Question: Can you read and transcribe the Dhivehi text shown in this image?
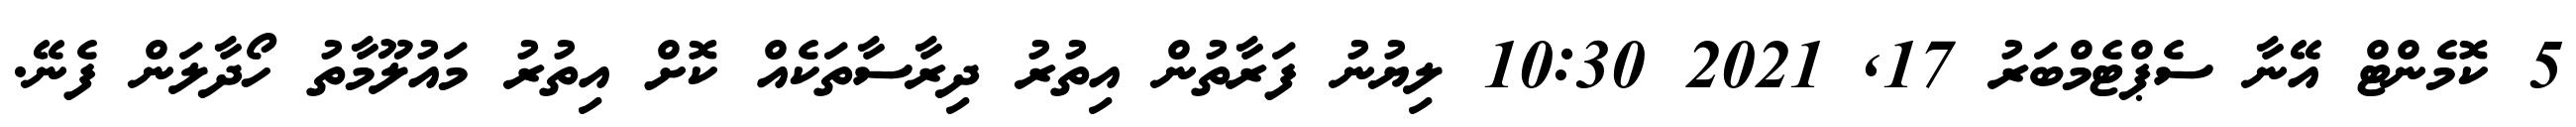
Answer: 5 ކޮމެންޓް އޭނާ ސެޕްޓެމްބަރު 17, 2021 10:30 ލިޔުނު ފަރާތުން އިތުރު ދިރާސާތަކެއް ކޮށް އިތުރު މައުލޫމާތު ހޯދާލަން ފެނޭ.